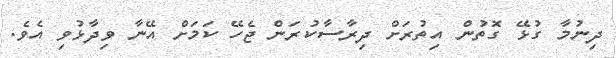
ދިނުމާ ގުޅޭ ގޮތުން އިތުރަށް ދިރާސާކުރަން ޖެހޭ ކަމަށް އޭނާ ވިދާޅުވި އެވެ.